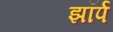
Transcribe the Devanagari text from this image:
झॉर्प